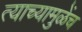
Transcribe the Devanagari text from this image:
त्याच्यामुळेंच